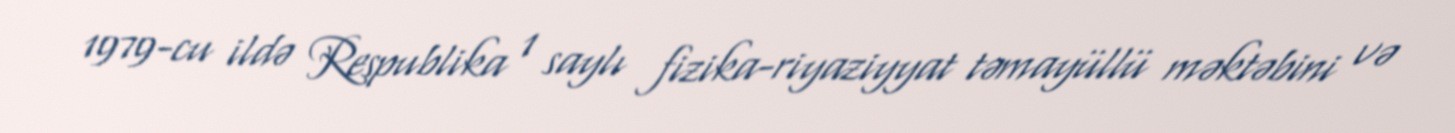
1979-cu ildə Respublika 1 saylı fizika-riyaziyyat təmayüllü məktəbini və